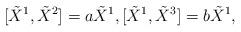
LaTeX: \begin{align*}[\tilde{X}^{1},\tilde{X}^{2}]=a\tilde{X}^{1},[\tilde{X}^{1},\tilde{X}^{3}]=b\tilde{X}^{1},\end{align*}